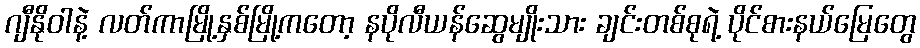
ဂျီနိုဝါနဲ့ လတ်ကာမြို့နှစ်မြို့ကတော့ နပိုလီယန်ဆွေမျိုးသား ချင်းတစ်စုရဲ့ ပိုင်စားနယ်မြေတွေ